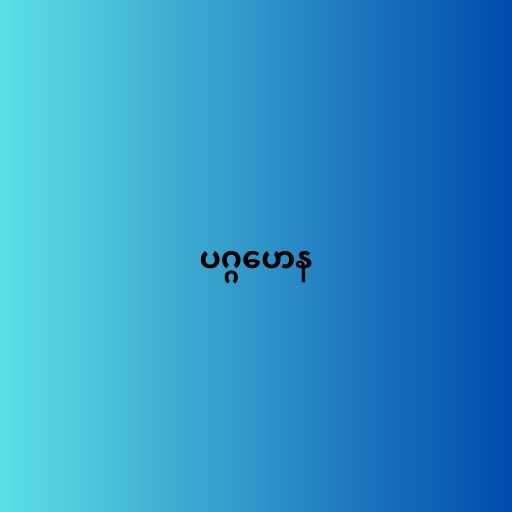
ပဂ္ဂဟေန